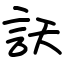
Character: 訞